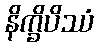
နိက္ခိပိဿံ